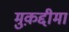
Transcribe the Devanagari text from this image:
मुक़द्दीमा